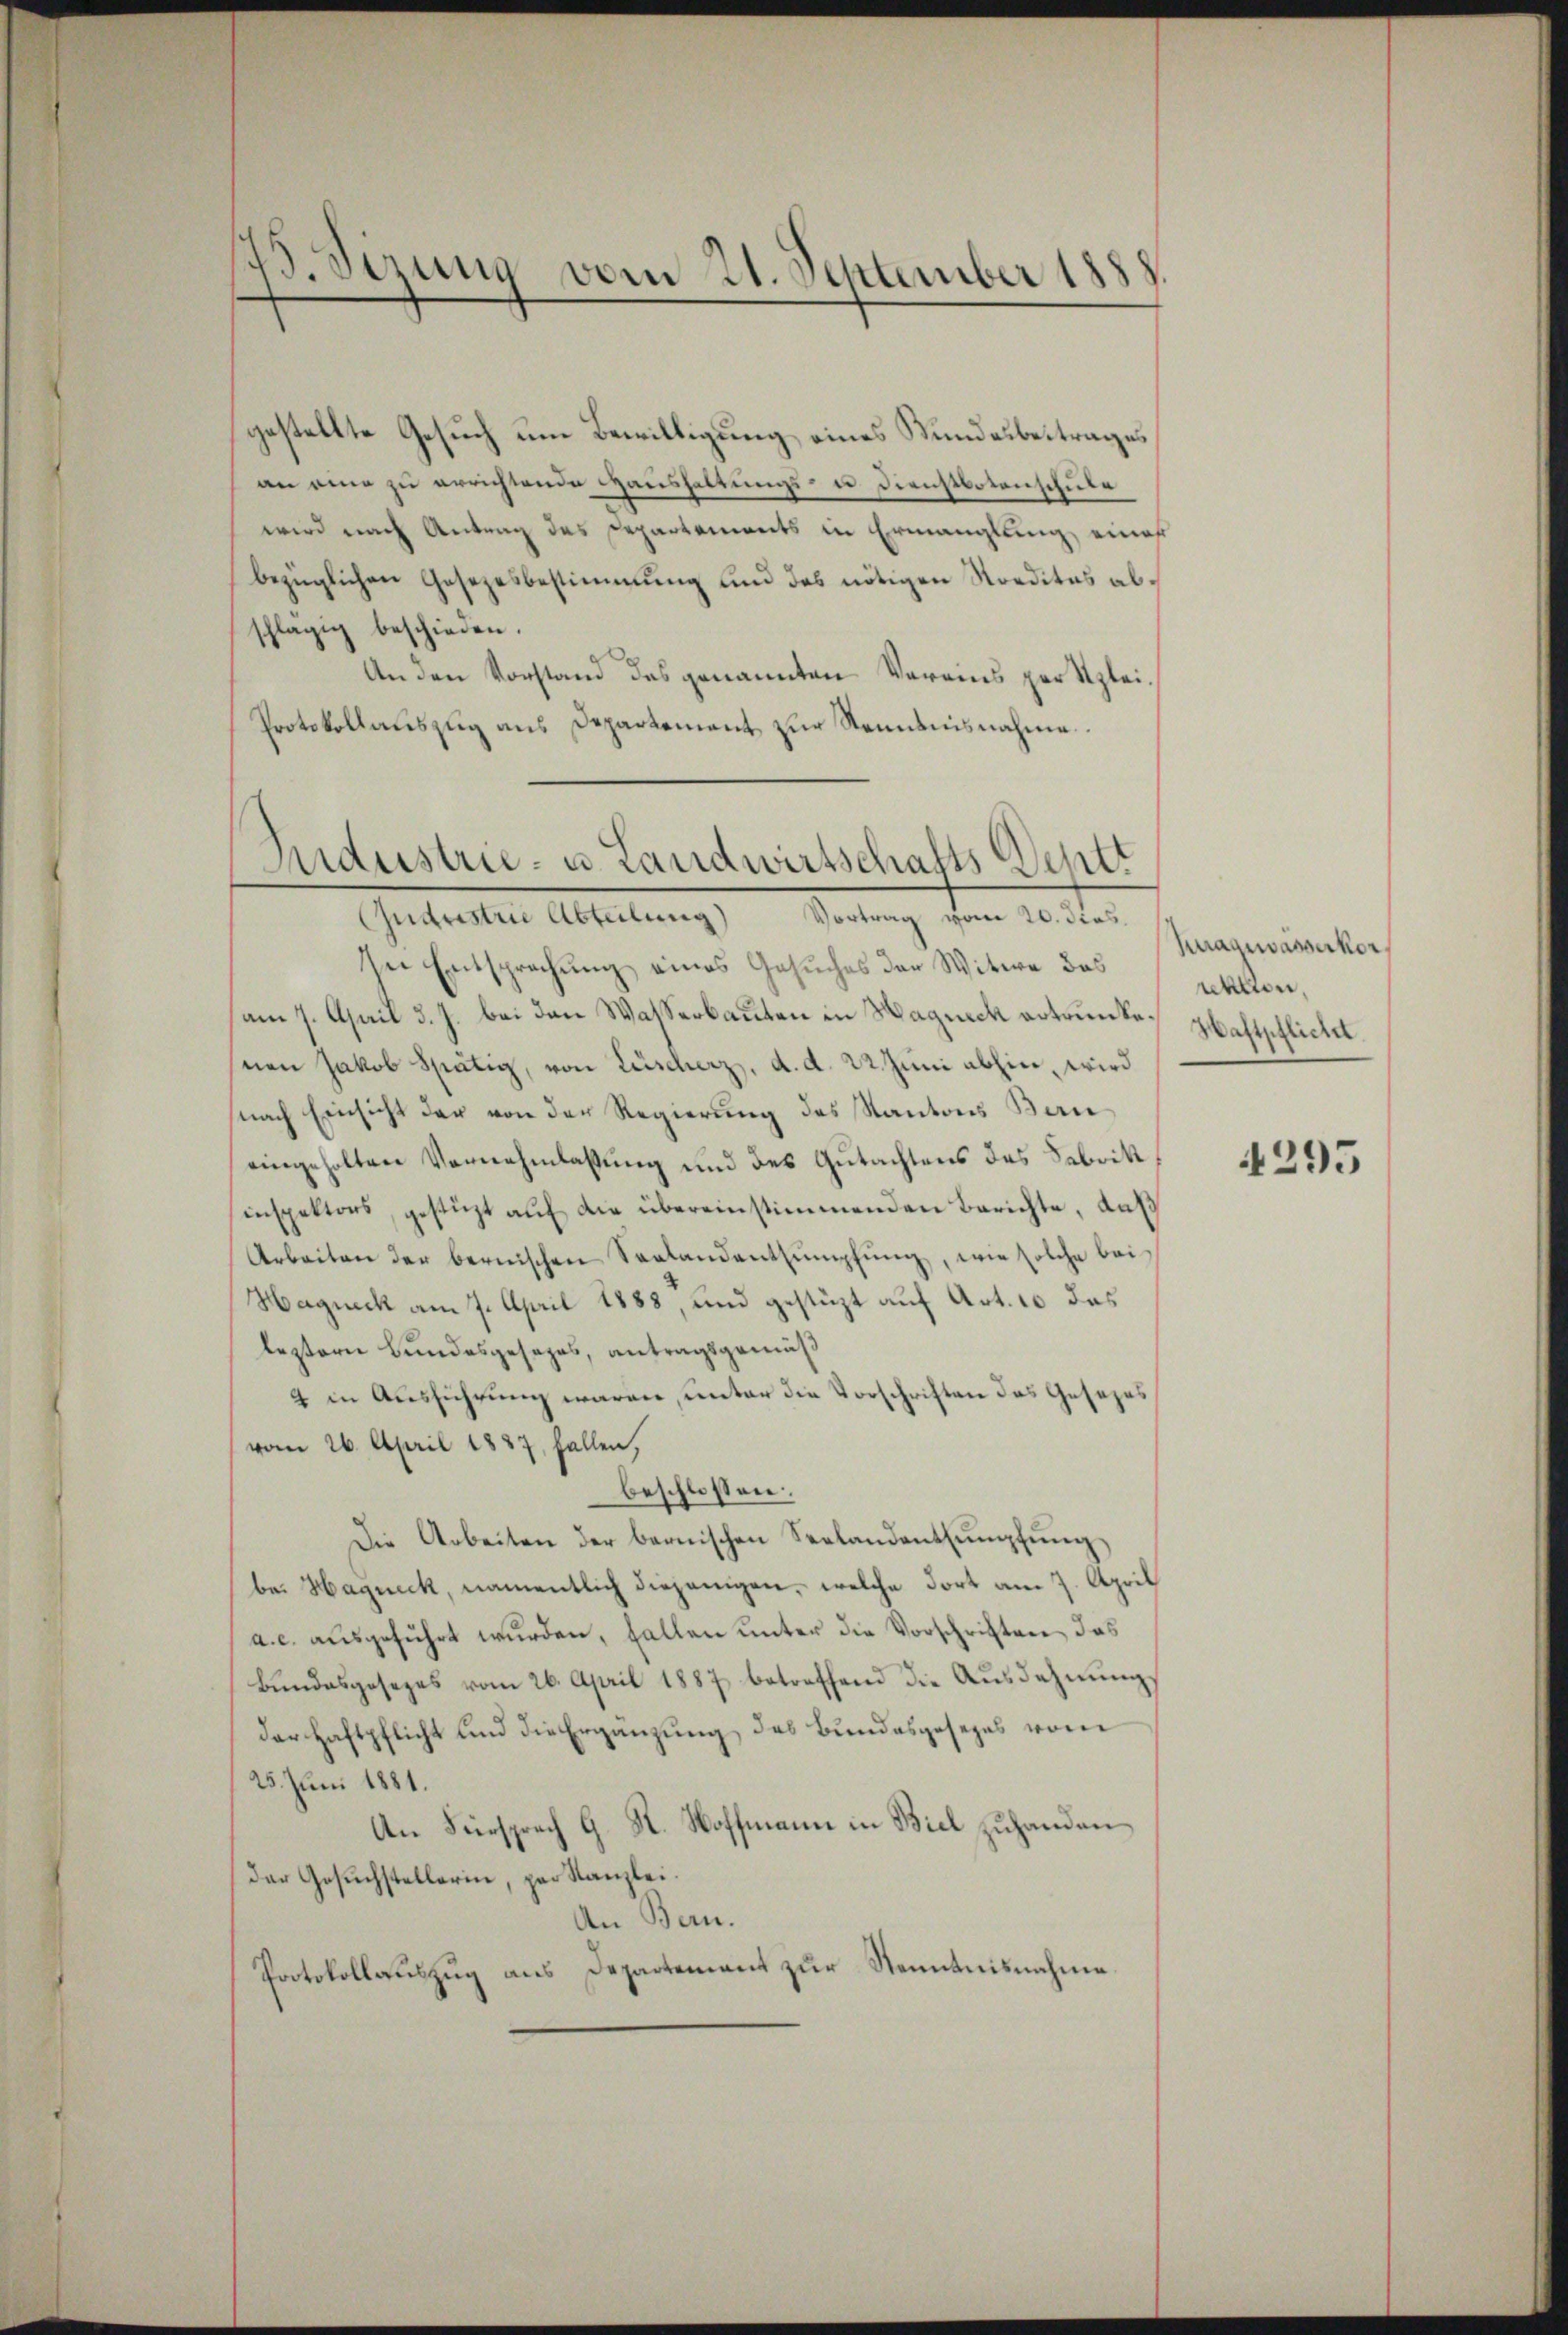
15. Sizung vom 21. September 1888

gestellte Gesuch um Bewilligung eines Wundesbeitrages
an eine zu errichtende Haushaltungs- u. Dienstbotenschule
wird nach Antrag des Departements in Ermanglung eines
bezüglichen Gesetzesbestimmung und das nötigen Norditas abchlägig beschieden.
An den Vorstand des genannten Vereins par Klei¬
Protokollauszug aus Departement zur Kenntnisnahme

Industrie- u. Landwirtschafts-Dentt
Cudustrie Abteilung Vortrag vom 20. dies

ser Entsprechung eines Gesuches der Witwe das
am 7. April d. J. bei den Wasserbauten in Wagneck ertrunkenen Jakob Spätig, von Lüscherz, d. d. 22. Juni abhin, wird
nach Einsicht der von der Regierung des Kantons Ban
eingeholten Vornehmlassung und des Gutachtens des Fabritt
inspektors, gestüzt auf die übereinstimmenden Berichte, daß
Arbeiten der bernischen Seelandentsumpfung, wie solche bei
Hagneck am 7. April 1888, und gestüzt auf Art. 10 das
leztern Bundesgesezes, antragsgemäß
4 in Ausführung waren, unter die Vorschriften das Gesezes
vom 26. April 1887, fallen,
beschlossen:
Die Arbeiten der bernischen Verlandenthŭmpfŭng
be. Hagueck, namentlich diejenigen, welche dort am 7. April
a. c. ausgeführt wurden, fallen unter die Vorschriften das
Bundesgesezes vom 26. April 1887 betreffend die Ausdehnung
der Haftpflicht und die Ergänzung des Bundesgesezes vom
25. Juni 1881.
An Fürsprech G. K. Hoffmann in Biel zuhanden
der Gesuchstellerin, par Kanzlei.
An Bern.
Patokollauszug aus Departement zur Kenntnisnahme.

dagewässerkor
rektion,
Haftpflicht.

4295